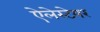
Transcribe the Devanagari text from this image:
ऐलेस्टेयर